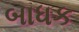
બાધક